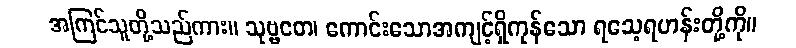
အကြင်သူတို့သည်ကား။ သုဗ္ဗတေ၊ ကောင်းသောအကျင့်ရှိကုန်သော ရသေ့ရဟန်းတို့ကို။